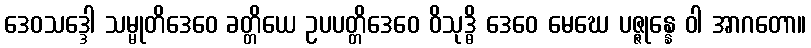
ဒေဝသဒ္ဒေါ သမ္မုတိဒေဝေ ခတ္တိယေ ဥပပတ္တိဒေဝေ ဝိသုဒ္ဓိ ဒေဝေ မေဃေ ပဇ္ဇုန္နေ ဝါ အာဂတော။